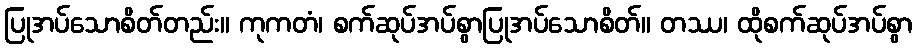
ပြုအပ်သောစိတ်တည်း။ ကုကတံ၊ စက်ဆုပ်အပ်စွာပြုအပ်သောစိတ်။ တဿ၊ ထိုစက်ဆုပ်အပ်စွာ